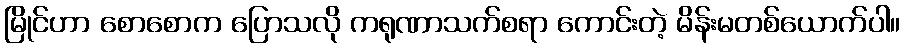
မြိုင်ဟာ စောစောက ပြောသလို ကရုဏာသက်စရာ ကောင်းတဲ့ မိန်းမတစ်ယောက်ပါ။